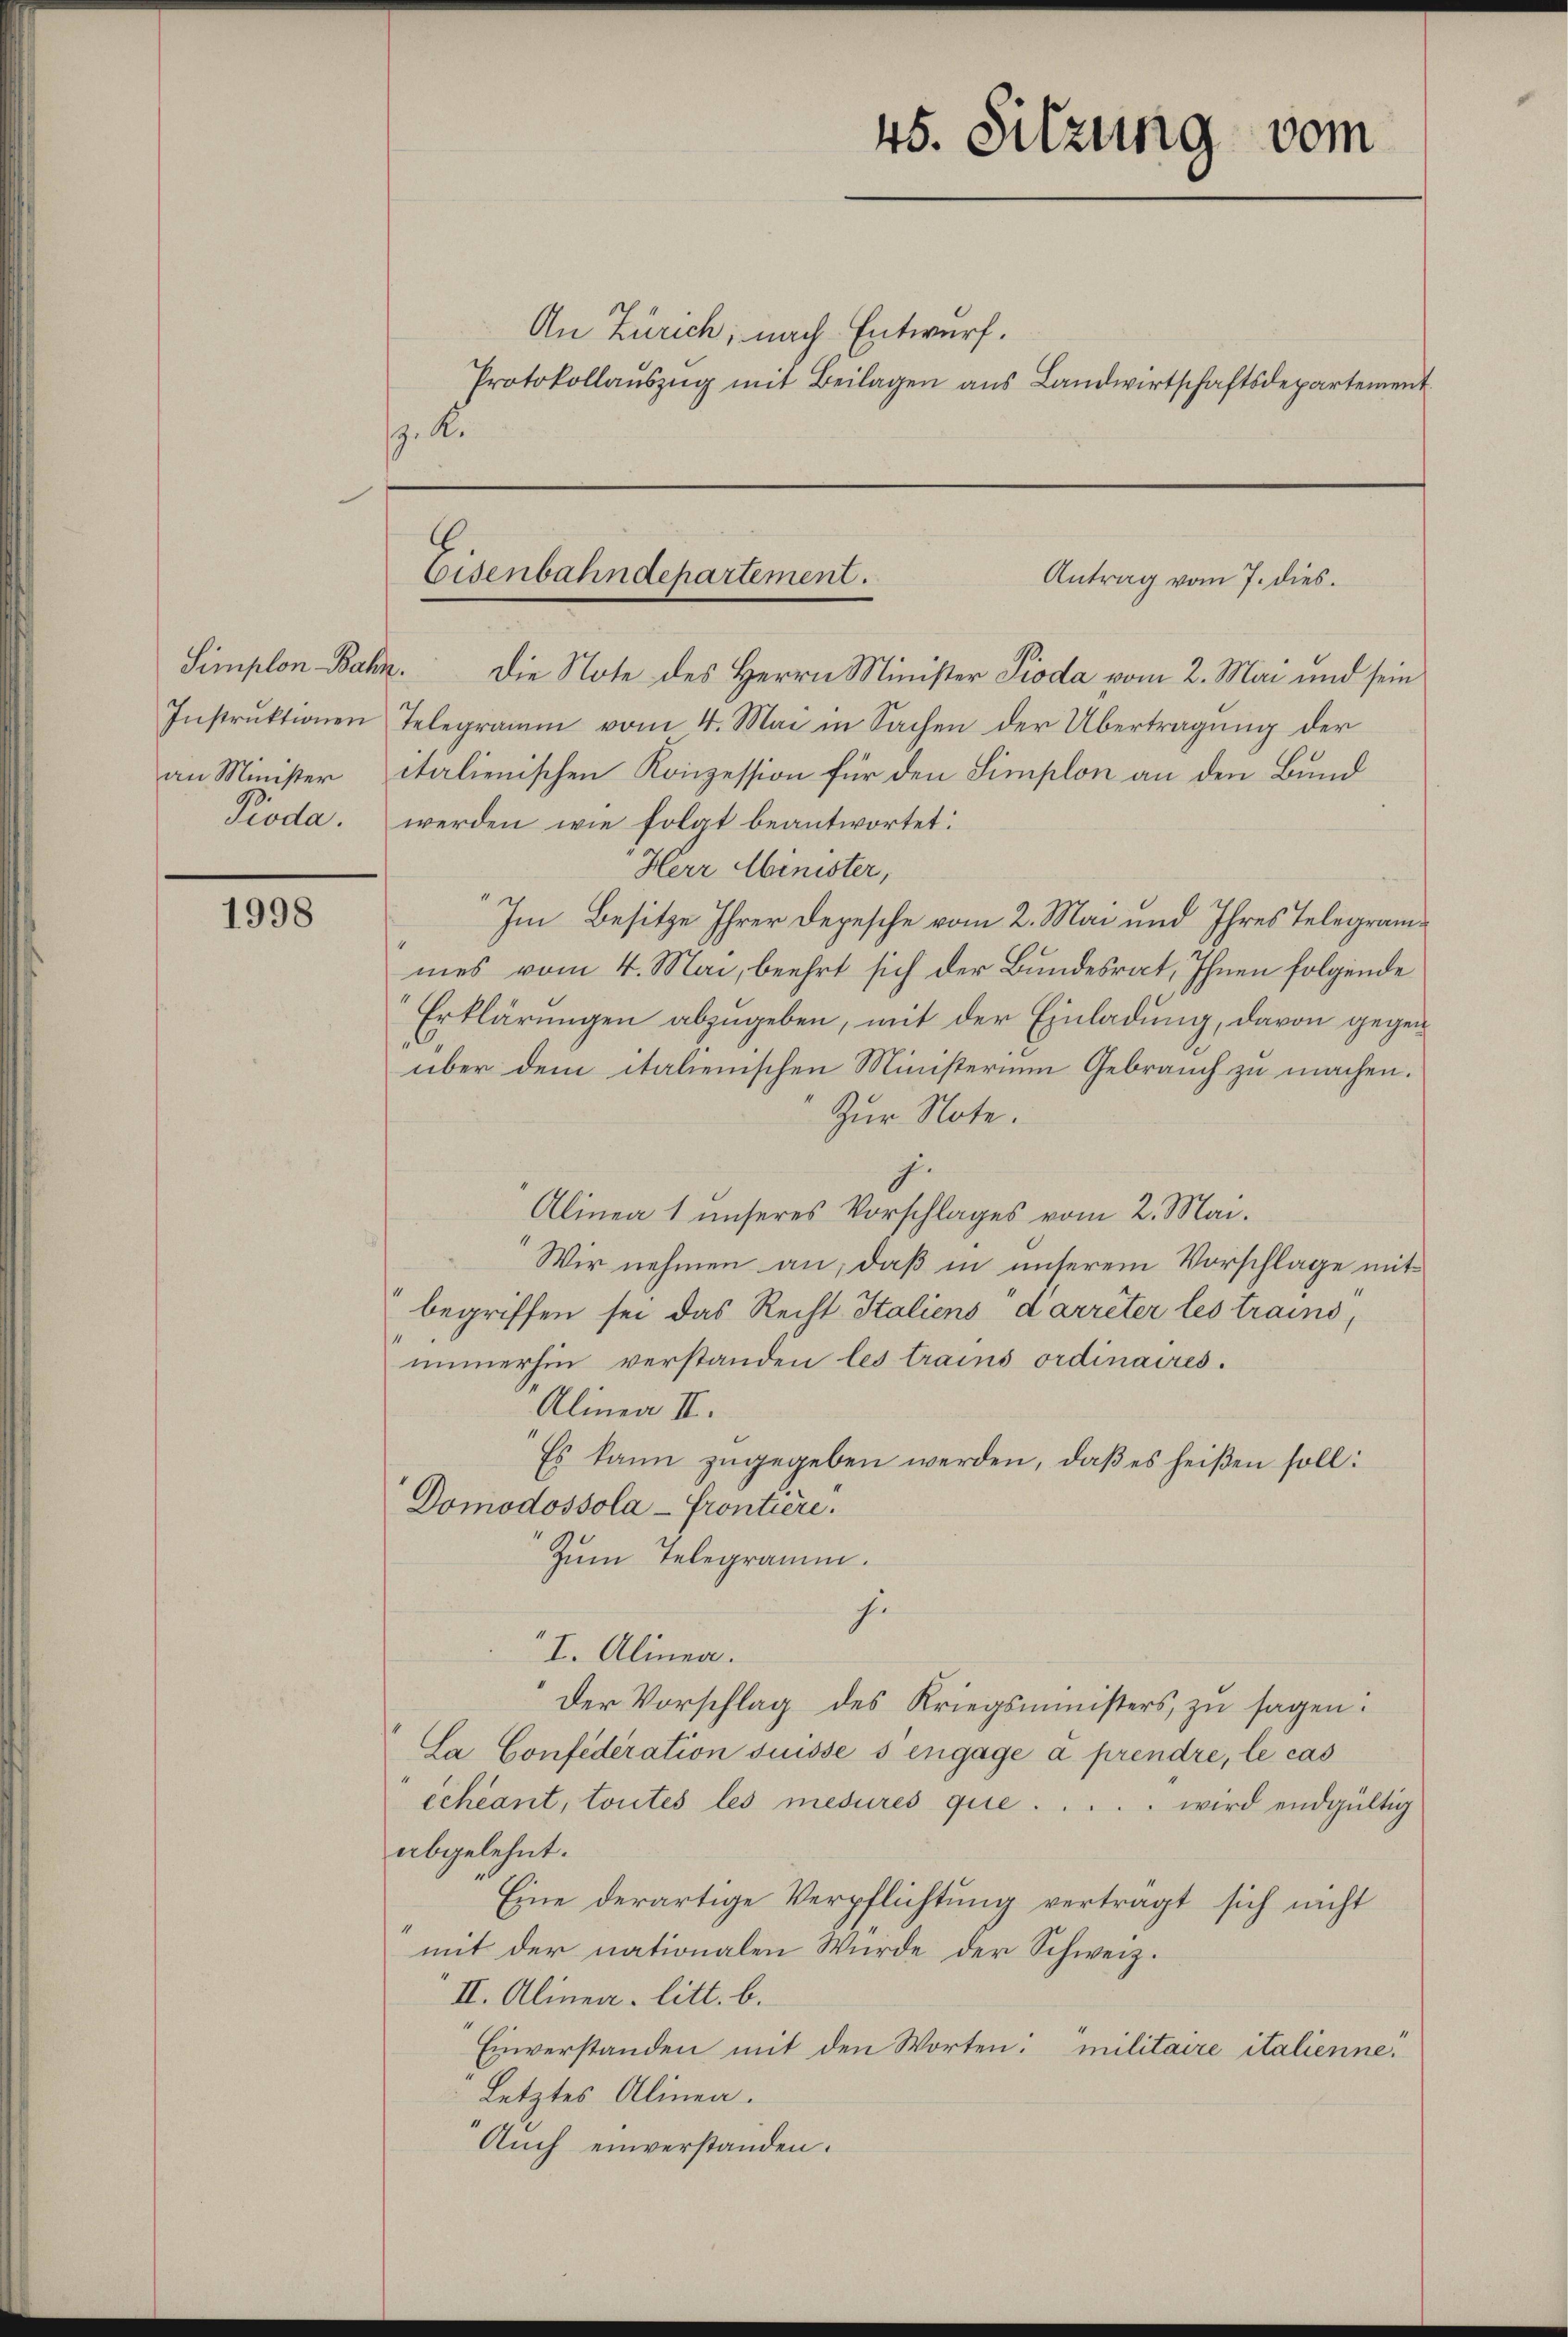
Simplon Bahn.
an Minister
Pioda.

1998

An Zürich, nach Entwurf.
Protokollauszug mit Beilagen aus Landwirtschaftsdepartement
.

Die Note des Herrn Minister Pioda vom 2. Mai und sein
Instrŭktionen Telegramm vom 4. Mai in Sachen der Übertragung der
italienischen Konzession für den Simplon an den Bund
werden wie folgt beantwortet:
"Herr Minister,
Im Besitze Ihrer Depesche vom 2. Mai und Ihres Telegrammes vom 4. Mai, beehrt sich der Bundesrat, Ihnen folgende
Erklärungen abzugeben, mit der Einladung, davon gegenüber dem italienischen Ministerium Gebrauch zu machen.
Zur Note.
Alinea 1 unseres Vorschlages vom 2. Mai.
Wir nehmen an, daß in unserem Vorschlage mit
begriffen sei das Recht Italiens darrêter les trains,
1
immerhin verstanden les trains ordinaires.
Alinea II.
Es kann zugegeben werden, daß es heißen soll:
Domodossola - Frontiere.
Zum Telegramm.
he
I. Alinea.
Der Vorschlag des Kriegsministers, zu sagen:
La Confederation suisse s engage à prendre, le cas
échéant, toutes les mesures quie . . . . . wird endgültig
abgelehnt.
Eine derartige Verpflichtung verträgt sich nicht
mit der nationalen Würde der Schweiz.
II. Alinea. litt. b.
Einverstanden mit den Worten: militaire italienne
Letztes Alinea.
Auch einverstanden.

45. Sitzung vom

.
Eisenbahndepartement.
Antrag vom 7. dies.